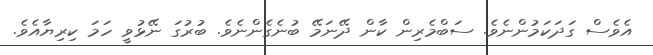
އެވެސް ގަދަކަމުންނެވެ. ސަބްމެރިން ކާން ދޭނަމޭ ބުނެގެންނެވެ. ބުރުގަ ނޭޅުވީ ހަމަ ކިރިޔާއެވެ.